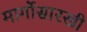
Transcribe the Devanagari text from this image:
मार्गोसारखी